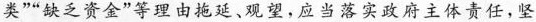
类”“缺乏资金”等理由拖延、观望，应当落实政府主体责任，坚